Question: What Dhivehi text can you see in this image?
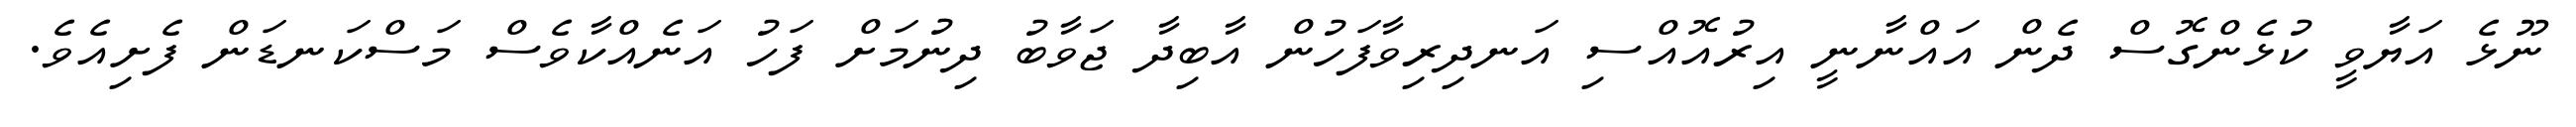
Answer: ނޫޅެ އަޔާވީ ކުޅެންގޮސް ދެން އައްނާނީ އިރުއޮއްސި އަނދިރިވާފަހުން އާބިދާ ޖަވާބު ދިނުމަށް ފަހު އަނެއްކާވެސް މަސްކަނޑަން ފެށިއެވެ.